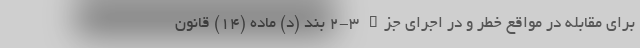
برای مقابله در مواقع خطر و در اجرای جزء ۳-۲ بند (د) ماده (۱۴) قانون